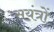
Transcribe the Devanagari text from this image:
सयंत्रों